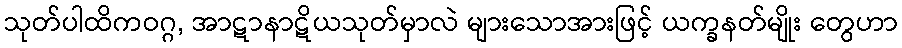
သုတ်ပါထိကဝဂ္ဂ, အာဋာနာဋိယသုတ်မှာလဲ များသောအားဖြင့် ယက္ခနတ်မျိုး တွေဟာ